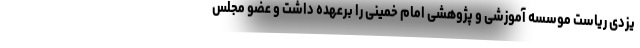
یزدی ریاست موسسه آموزشی و پژوهشی امام خمینی را برعهده داشت و عضو مجلس